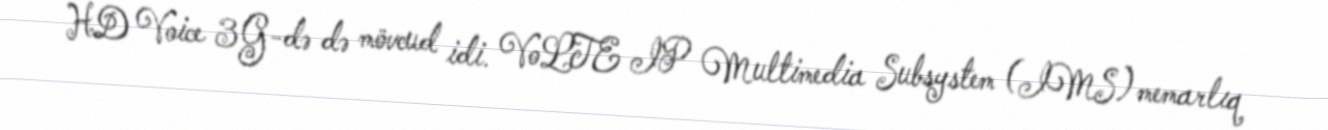
HD Voice 3G-də də mövcud idi. VoLTE IP Multimedia Subsystem (IMS) memarlıq